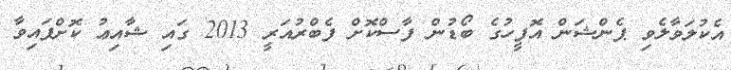
އެކުލަވާލެވި ޕެންޝަން އޮފީހުގެ ބޯޑުން ފާސްކޮށް ފެބްރުއަރީ 2013 ގައި ޝާއިޢު ކޮށްފައިވާ